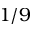
1 / 9